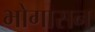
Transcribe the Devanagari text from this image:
भोगासन